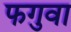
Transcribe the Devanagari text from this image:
फगुवा